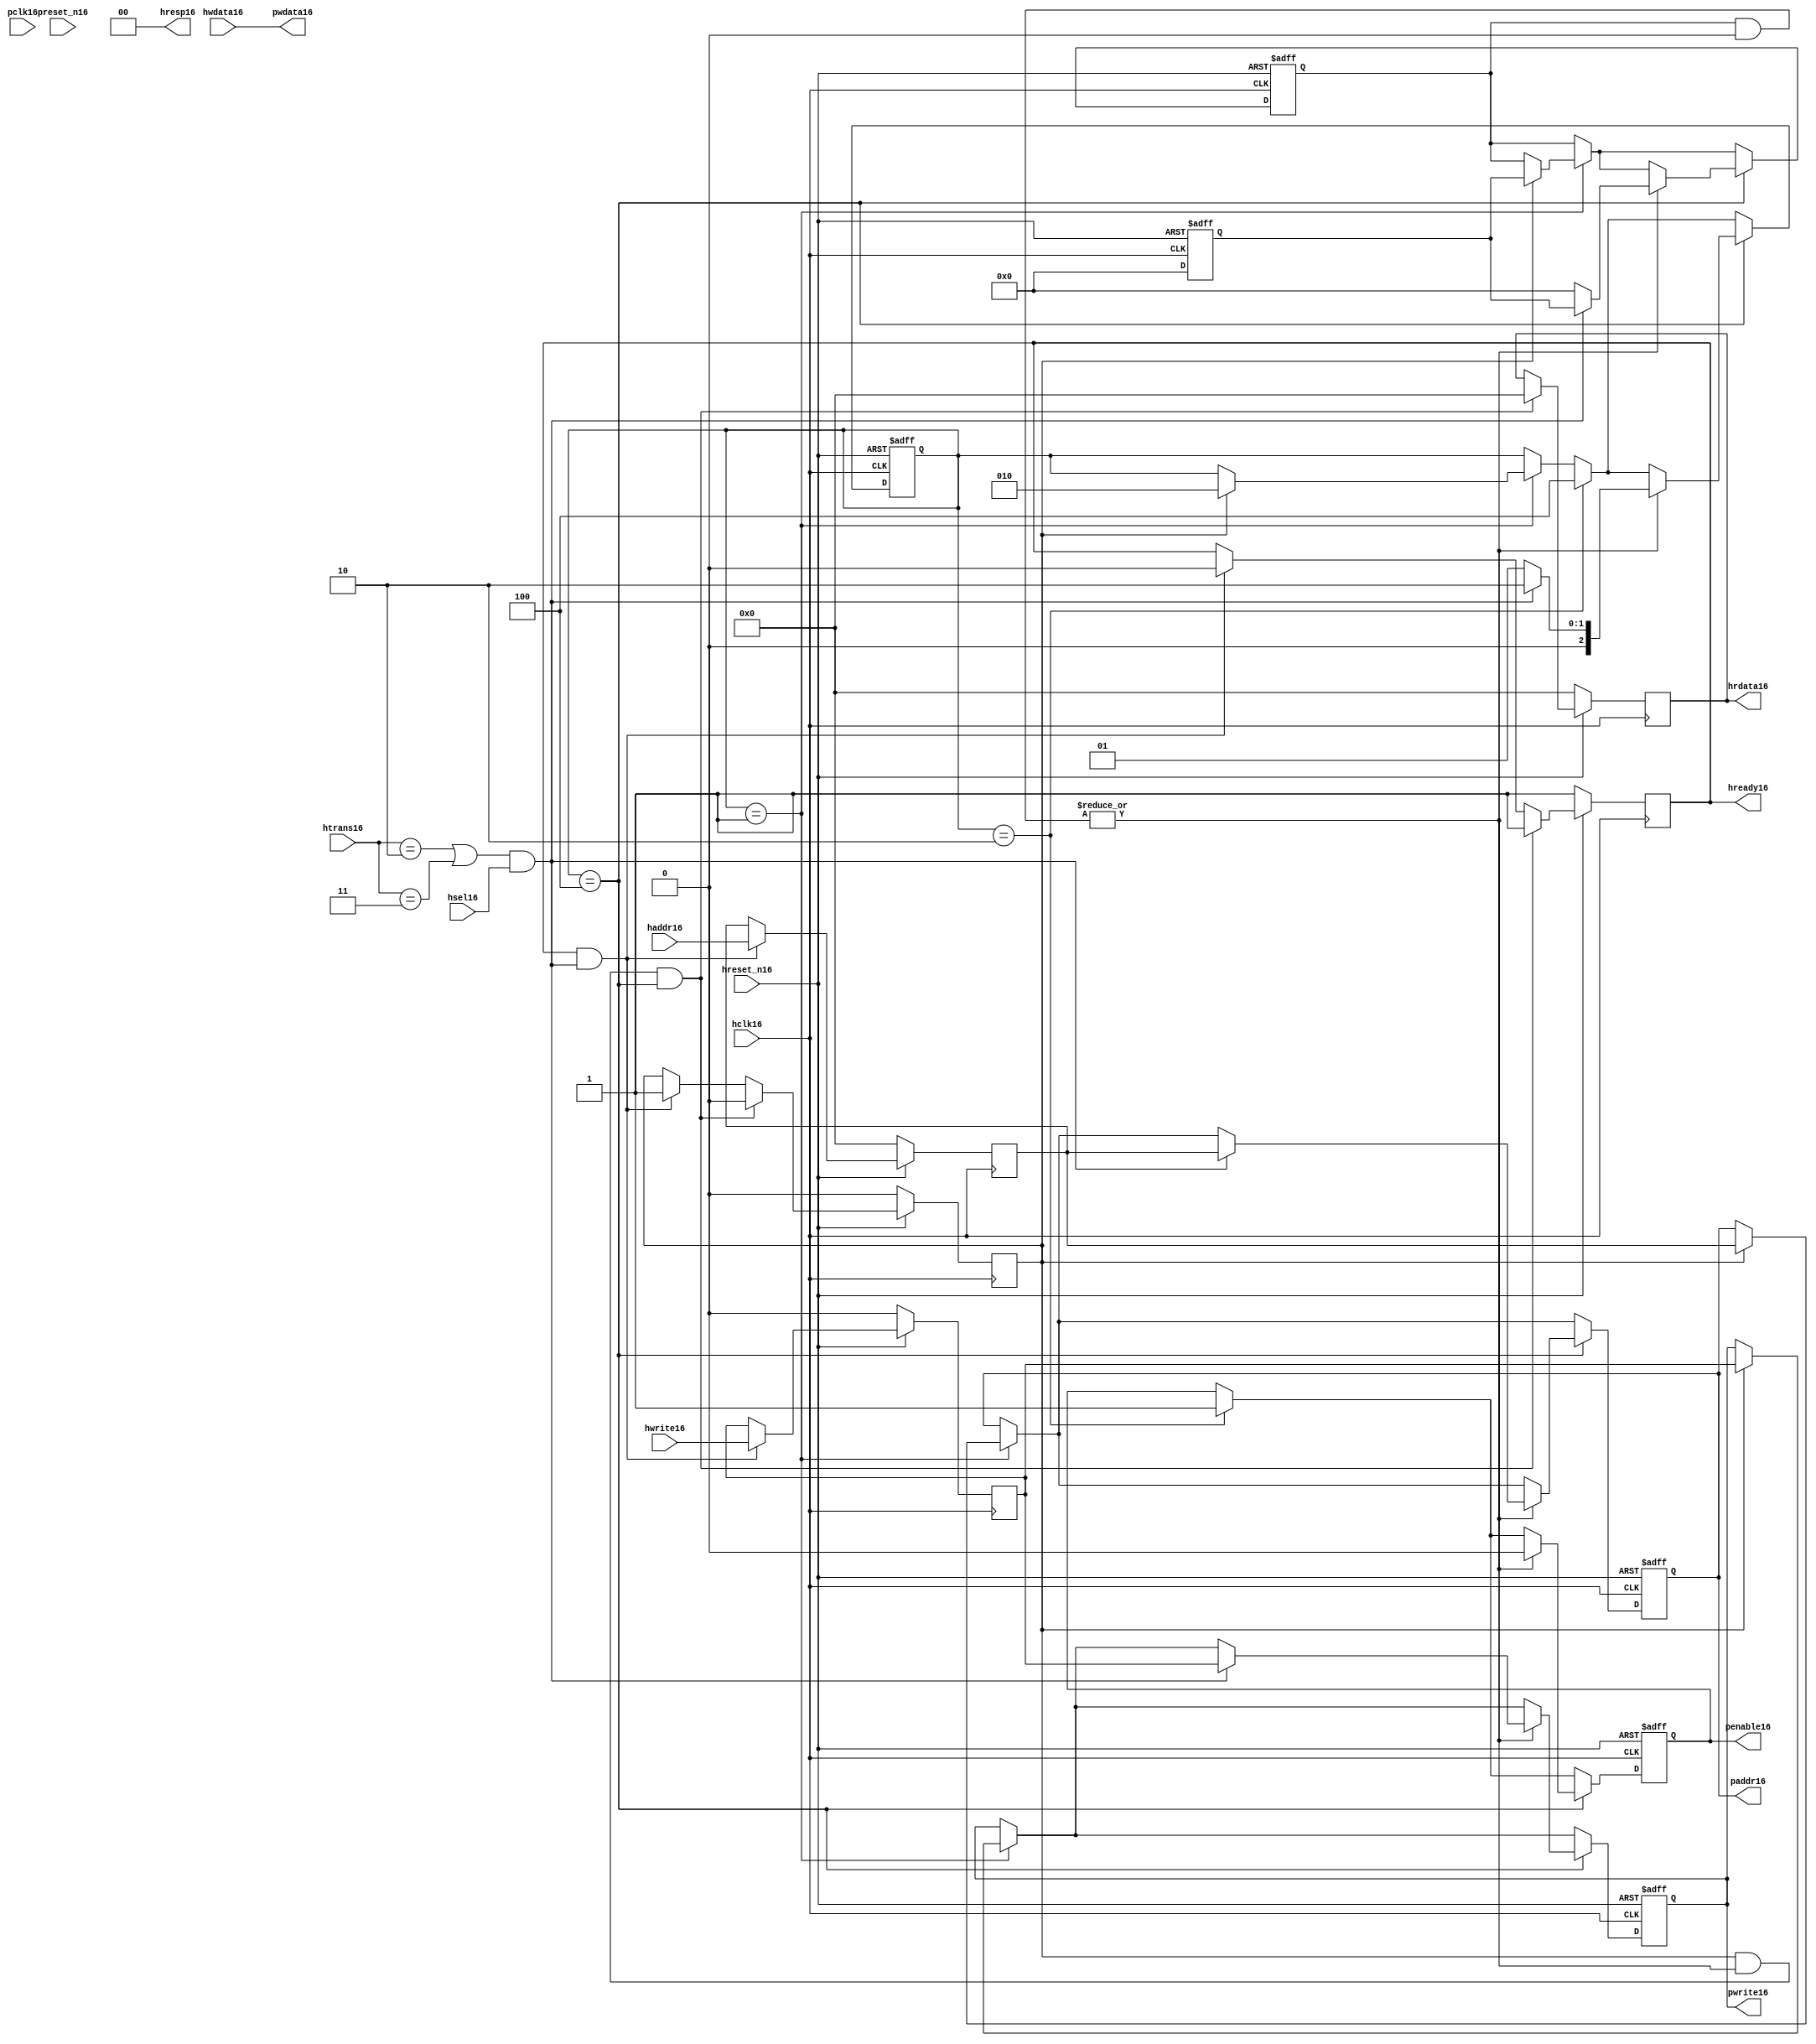
module ahb2apb16
(
  // AHB16 signals16
  hclk16,
  hreset_n16,
  hsel16,
  haddr16,
  htrans16,
  hwdata16,
  hwrite16,
  hrdata16,
  hready16,
  hresp16,
  
  // APB16 signals16 common to all APB16 slaves16
  pclk16,
  preset_n16,
  paddr16,
  penable16,
  pwrite16,
  pwdata16
  
  // Slave16 0 signals16
  `ifdef APB_SLAVE016
  ,psel016
  ,pready016
  ,prdata016
  `endif
  
  // Slave16 1 signals16
  `ifdef APB_SLAVE116
  ,psel116
  ,pready116
  ,prdata116
  `endif
  
  // Slave16 2 signals16
  `ifdef APB_SLAVE216
  ,psel216
  ,pready216
  ,prdata216
  `endif
  
  // Slave16 3 signals16
  `ifdef APB_SLAVE316
  ,psel316
  ,pready316
  ,prdata316
  `endif
  
  // Slave16 4 signals16
  `ifdef APB_SLAVE416
  ,psel416
  ,pready416
  ,prdata416
  `endif
  
  // Slave16 5 signals16
  `ifdef APB_SLAVE516
  ,psel516
  ,pready516
  ,prdata516
  `endif
  
  // Slave16 6 signals16
  `ifdef APB_SLAVE616
  ,psel616
  ,pready616
  ,prdata616
  `endif
  
  // Slave16 7 signals16
  `ifdef APB_SLAVE716
  ,psel716
  ,pready716
  ,prdata716
  `endif
  
  // Slave16 8 signals16
  `ifdef APB_SLAVE816
  ,psel816
  ,pready816
  ,prdata816
  `endif
  
  // Slave16 9 signals16
  `ifdef APB_SLAVE916
  ,psel916
  ,pready916
  ,prdata916
  `endif
  
  // Slave16 10 signals16
  `ifdef APB_SLAVE1016
  ,psel1016
  ,pready1016
  ,prdata1016
  `endif
  
  // Slave16 11 signals16
  `ifdef APB_SLAVE1116
  ,psel1116
  ,pready1116
  ,prdata1116
  `endif
  
  // Slave16 12 signals16
  `ifdef APB_SLAVE1216
  ,psel1216
  ,pready1216
  ,prdata1216
  `endif
  
  // Slave16 13 signals16
  `ifdef APB_SLAVE1316
  ,psel1316
  ,pready1316
  ,prdata1316
  `endif
  
  // Slave16 14 signals16
  `ifdef APB_SLAVE1416
  ,psel1416
  ,pready1416
  ,prdata1416
  `endif
  
  // Slave16 15 signals16
  `ifdef APB_SLAVE1516
  ,psel1516
  ,pready1516
  ,prdata1516
  `endif
  
);

parameter 
  APB_SLAVE0_START_ADDR16  = 32'h00000000,
  APB_SLAVE0_END_ADDR16    = 32'h00000000,
  APB_SLAVE1_START_ADDR16  = 32'h00000000,
  APB_SLAVE1_END_ADDR16    = 32'h00000000,
  APB_SLAVE2_START_ADDR16  = 32'h00000000,
  APB_SLAVE2_END_ADDR16    = 32'h00000000,
  APB_SLAVE3_START_ADDR16  = 32'h00000000,
  APB_SLAVE3_END_ADDR16    = 32'h00000000,
  APB_SLAVE4_START_ADDR16  = 32'h00000000,
  APB_SLAVE4_END_ADDR16    = 32'h00000000,
  APB_SLAVE5_START_ADDR16  = 32'h00000000,
  APB_SLAVE5_END_ADDR16    = 32'h00000000,
  APB_SLAVE6_START_ADDR16  = 32'h00000000,
  APB_SLAVE6_END_ADDR16    = 32'h00000000,
  APB_SLAVE7_START_ADDR16  = 32'h00000000,
  APB_SLAVE7_END_ADDR16    = 32'h00000000,
  APB_SLAVE8_START_ADDR16  = 32'h00000000,
  APB_SLAVE8_END_ADDR16    = 32'h00000000,
  APB_SLAVE9_START_ADDR16  = 32'h00000000,
  APB_SLAVE9_END_ADDR16    = 32'h00000000,
  APB_SLAVE10_START_ADDR16  = 32'h00000000,
  APB_SLAVE10_END_ADDR16    = 32'h00000000,
  APB_SLAVE11_START_ADDR16  = 32'h00000000,
  APB_SLAVE11_END_ADDR16    = 32'h00000000,
  APB_SLAVE12_START_ADDR16  = 32'h00000000,
  APB_SLAVE12_END_ADDR16    = 32'h00000000,
  APB_SLAVE13_START_ADDR16  = 32'h00000000,
  APB_SLAVE13_END_ADDR16    = 32'h00000000,
  APB_SLAVE14_START_ADDR16  = 32'h00000000,
  APB_SLAVE14_END_ADDR16    = 32'h00000000,
  APB_SLAVE15_START_ADDR16  = 32'h00000000,
  APB_SLAVE15_END_ADDR16    = 32'h00000000;

  // AHB16 signals16
input        hclk16;
input        hreset_n16;
input        hsel16;
input[31:0]  haddr16;
input[1:0]   htrans16;
input[31:0]  hwdata16;
input        hwrite16;
output[31:0] hrdata16;
reg   [31:0] hrdata16;
output       hready16;
output[1:0]  hresp16;
  
  // APB16 signals16 common to all APB16 slaves16
input       pclk16;
input       preset_n16;
output[31:0] paddr16;
reg   [31:0] paddr16;
output       penable16;
reg          penable16;
output       pwrite16;
reg          pwrite16;
output[31:0] pwdata16;
  
  // Slave16 0 signals16
`ifdef APB_SLAVE016
  output      psel016;
  input       pready016;
  input[31:0] prdata016;
`endif
  
  // Slave16 1 signals16
`ifdef APB_SLAVE116
  output      psel116;
  input       pready116;
  input[31:0] prdata116;
`endif
  
  // Slave16 2 signals16
`ifdef APB_SLAVE216
  output      psel216;
  input       pready216;
  input[31:0] prdata216;
`endif
  
  // Slave16 3 signals16
`ifdef APB_SLAVE316
  output      psel316;
  input       pready316;
  input[31:0] prdata316;
`endif
  
  // Slave16 4 signals16
`ifdef APB_SLAVE416
  output      psel416;
  input       pready416;
  input[31:0] prdata416;
`endif
  
  // Slave16 5 signals16
`ifdef APB_SLAVE516
  output      psel516;
  input       pready516;
  input[31:0] prdata516;
`endif
  
  // Slave16 6 signals16
`ifdef APB_SLAVE616
  output      psel616;
  input       pready616;
  input[31:0] prdata616;
`endif
  
  // Slave16 7 signals16
`ifdef APB_SLAVE716
  output      psel716;
  input       pready716;
  input[31:0] prdata716;
`endif
  
  // Slave16 8 signals16
`ifdef APB_SLAVE816
  output      psel816;
  input       pready816;
  input[31:0] prdata816;
`endif
  
  // Slave16 9 signals16
`ifdef APB_SLAVE916
  output      psel916;
  input       pready916;
  input[31:0] prdata916;
`endif
  
  // Slave16 10 signals16
`ifdef APB_SLAVE1016
  output      psel1016;
  input       pready1016;
  input[31:0] prdata1016;
`endif
  
  // Slave16 11 signals16
`ifdef APB_SLAVE1116
  output      psel1116;
  input       pready1116;
  input[31:0] prdata1116;
`endif
  
  // Slave16 12 signals16
`ifdef APB_SLAVE1216
  output      psel1216;
  input       pready1216;
  input[31:0] prdata1216;
`endif
  
  // Slave16 13 signals16
`ifdef APB_SLAVE1316
  output      psel1316;
  input       pready1316;
  input[31:0] prdata1316;
`endif
  
  // Slave16 14 signals16
`ifdef APB_SLAVE1416
  output      psel1416;
  input       pready1416;
  input[31:0] prdata1416;
`endif
  
  // Slave16 15 signals16
`ifdef APB_SLAVE1516
  output      psel1516;
  input       pready1516;
  input[31:0] prdata1516;
`endif
 
reg         ahb_addr_phase16;
reg         ahb_data_phase16;
wire        valid_ahb_trans16;
wire        pready_muxed16;
wire [31:0] prdata_muxed16;
reg  [31:0] haddr_reg16;
reg         hwrite_reg16;
reg  [2:0]  apb_state16;
wire [2:0]  apb_state_idle16;
wire [2:0]  apb_state_setup16;
wire [2:0]  apb_state_access16;
reg  [15:0] slave_select16;
wire [15:0] pready_vector16;
reg  [15:0] psel_vector16;
wire [31:0] prdata0_q16;
wire [31:0] prdata1_q16;
wire [31:0] prdata2_q16;
wire [31:0] prdata3_q16;
wire [31:0] prdata4_q16;
wire [31:0] prdata5_q16;
wire [31:0] prdata6_q16;
wire [31:0] prdata7_q16;
wire [31:0] prdata8_q16;
wire [31:0] prdata9_q16;
wire [31:0] prdata10_q16;
wire [31:0] prdata11_q16;
wire [31:0] prdata12_q16;
wire [31:0] prdata13_q16;
wire [31:0] prdata14_q16;
wire [31:0] prdata15_q16;

// assign pclk16     = hclk16;
// assign preset_n16 = hreset_n16;
assign hready16   = ahb_addr_phase16;
assign pwdata16   = hwdata16;
assign hresp16  = 2'b00;

// Respond16 to NONSEQ16 or SEQ transfers16
assign valid_ahb_trans16 = ((htrans16 == 2'b10) || (htrans16 == 2'b11)) && (hsel16 == 1'b1);

always @(posedge hclk16) begin
  if (hreset_n16 == 1'b0) begin
    ahb_addr_phase16 <= 1'b1;
    ahb_data_phase16 <= 1'b0;
    haddr_reg16      <= 'b0;
    hwrite_reg16     <= 1'b0;
    hrdata16         <= 'b0;
  end
  else begin
    if (ahb_addr_phase16 == 1'b1 && valid_ahb_trans16 == 1'b1) begin
      ahb_addr_phase16 <= 1'b0;
      ahb_data_phase16 <= 1'b1;
      haddr_reg16      <= haddr16;
      hwrite_reg16     <= hwrite16;
    end
    if (ahb_data_phase16 == 1'b1 && pready_muxed16 == 1'b1 && apb_state16 == apb_state_access16) begin
      ahb_addr_phase16 <= 1'b1;
      ahb_data_phase16 <= 1'b0;
      hrdata16         <= prdata_muxed16;
    end
  end
end

// APB16 state machine16 state definitions16
assign apb_state_idle16   = 3'b001;
assign apb_state_setup16  = 3'b010;
assign apb_state_access16 = 3'b100;

// APB16 state machine16
always @(posedge hclk16 or negedge hreset_n16) begin
  if (hreset_n16 == 1'b0) begin
    apb_state16   <= apb_state_idle16;
    psel_vector16 <= 1'b0;
    penable16     <= 1'b0;
    paddr16       <= 1'b0;
    pwrite16      <= 1'b0;
  end  
  else begin
    
    // IDLE16 -> SETUP16
    if (apb_state16 == apb_state_idle16) begin
      if (ahb_data_phase16 == 1'b1) begin
        apb_state16   <= apb_state_setup16;
        psel_vector16 <= slave_select16;
        paddr16       <= haddr_reg16;
        pwrite16      <= hwrite_reg16;
      end  
    end
    
    // SETUP16 -> TRANSFER16
    if (apb_state16 == apb_state_setup16) begin
      apb_state16 <= apb_state_access16;
      penable16   <= 1'b1;
    end
    
    // TRANSFER16 -> SETUP16 or
    // TRANSFER16 -> IDLE16
    if (apb_state16 == apb_state_access16) begin
      if (pready_muxed16 == 1'b1) begin
      
        // TRANSFER16 -> SETUP16
        if (valid_ahb_trans16 == 1'b1) begin
          apb_state16   <= apb_state_setup16;
          penable16     <= 1'b0;
          psel_vector16 <= slave_select16;
          paddr16       <= haddr_reg16;
          pwrite16      <= hwrite_reg16;
        end  
        
        // TRANSFER16 -> IDLE16
        else begin
          apb_state16   <= apb_state_idle16;      
          penable16     <= 1'b0;
          psel_vector16 <= 'b0;
        end  
      end
    end
    
  end
end

always @(posedge hclk16 or negedge hreset_n16) begin
  if (hreset_n16 == 1'b0)
    slave_select16 <= 'b0;
  else begin  
  `ifdef APB_SLAVE016
     slave_select16[0]   <= valid_ahb_trans16 && (haddr16 >= APB_SLAVE0_START_ADDR16)  && (haddr16 <= APB_SLAVE0_END_ADDR16);
   `else
     slave_select16[0]   <= 1'b0;
   `endif
   
   `ifdef APB_SLAVE116
     slave_select16[1]   <= valid_ahb_trans16 && (haddr16 >= APB_SLAVE1_START_ADDR16)  && (haddr16 <= APB_SLAVE1_END_ADDR16);
   `else
     slave_select16[1]   <= 1'b0;
   `endif  
     
   `ifdef APB_SLAVE216  
     slave_select16[2]   <= valid_ahb_trans16 && (haddr16 >= APB_SLAVE2_START_ADDR16)  && (haddr16 <= APB_SLAVE2_END_ADDR16);
   `else
     slave_select16[2]   <= 1'b0;
   `endif  
     
   `ifdef APB_SLAVE316  
     slave_select16[3]   <= valid_ahb_trans16 && (haddr16 >= APB_SLAVE3_START_ADDR16)  && (haddr16 <= APB_SLAVE3_END_ADDR16);
   `else
     slave_select16[3]   <= 1'b0;
   `endif  
     
   `ifdef APB_SLAVE416  
     slave_select16[4]   <= valid_ahb_trans16 && (haddr16 >= APB_SLAVE4_START_ADDR16)  && (haddr16 <= APB_SLAVE4_END_ADDR16);
   `else
     slave_select16[4]   <= 1'b0;
   `endif  
     
   `ifdef APB_SLAVE516  
     slave_select16[5]   <= valid_ahb_trans16 && (haddr16 >= APB_SLAVE5_START_ADDR16)  && (haddr16 <= APB_SLAVE5_END_ADDR16);
   `else
     slave_select16[5]   <= 1'b0;
   `endif  
     
   `ifdef APB_SLAVE616  
     slave_select16[6]   <= valid_ahb_trans16 && (haddr16 >= APB_SLAVE6_START_ADDR16)  && (haddr16 <= APB_SLAVE6_END_ADDR16);
   `else
     slave_select16[6]   <= 1'b0;
   `endif  
     
   `ifdef APB_SLAVE716  
     slave_select16[7]   <= valid_ahb_trans16 && (haddr16 >= APB_SLAVE7_START_ADDR16)  && (haddr16 <= APB_SLAVE7_END_ADDR16);
   `else
     slave_select16[7]   <= 1'b0;
   `endif  
     
   `ifdef APB_SLAVE816  
     slave_select16[8]   <= valid_ahb_trans16 && (haddr16 >= APB_SLAVE8_START_ADDR16)  && (haddr16 <= APB_SLAVE8_END_ADDR16);
   `else
     slave_select16[8]   <= 1'b0;
   `endif  
     
   `ifdef APB_SLAVE916  
     slave_select16[9]   <= valid_ahb_trans16 && (haddr16 >= APB_SLAVE9_START_ADDR16)  && (haddr16 <= APB_SLAVE9_END_ADDR16);
   `else
     slave_select16[9]   <= 1'b0;
   `endif  
     
   `ifdef APB_SLAVE1016  
     slave_select16[10]  <= valid_ahb_trans16 && (haddr16 >= APB_SLAVE10_START_ADDR16) && (haddr16 <= APB_SLAVE10_END_ADDR16);
   `else
     slave_select16[10]   <= 1'b0;
   `endif  
     
   `ifdef APB_SLAVE1116  
     slave_select16[11]  <= valid_ahb_trans16 && (haddr16 >= APB_SLAVE11_START_ADDR16) && (haddr16 <= APB_SLAVE11_END_ADDR16);
   `else
     slave_select16[11]   <= 1'b0;
   `endif  
     
   `ifdef APB_SLAVE1216  
     slave_select16[12]  <= valid_ahb_trans16 && (haddr16 >= APB_SLAVE12_START_ADDR16) && (haddr16 <= APB_SLAVE12_END_ADDR16);
   `else
     slave_select16[12]   <= 1'b0;
   `endif  
     
   `ifdef APB_SLAVE1316  
     slave_select16[13]  <= valid_ahb_trans16 && (haddr16 >= APB_SLAVE13_START_ADDR16) && (haddr16 <= APB_SLAVE13_END_ADDR16);
   `else
     slave_select16[13]   <= 1'b0;
   `endif  
     
   `ifdef APB_SLAVE1416  
     slave_select16[14]  <= valid_ahb_trans16 && (haddr16 >= APB_SLAVE14_START_ADDR16) && (haddr16 <= APB_SLAVE14_END_ADDR16);
   `else
     slave_select16[14]   <= 1'b0;
   `endif  
     
   `ifdef APB_SLAVE1516  
     slave_select16[15]  <= valid_ahb_trans16 && (haddr16 >= APB_SLAVE15_START_ADDR16) && (haddr16 <= APB_SLAVE15_END_ADDR16);
   `else
     slave_select16[15]   <= 1'b0;
   `endif  
  end
end

assign pready_muxed16 = |(psel_vector16 & pready_vector16);
assign prdata_muxed16 = prdata0_q16  | prdata1_q16  | prdata2_q16  | prdata3_q16  |
                      prdata4_q16  | prdata5_q16  | prdata6_q16  | prdata7_q16  |
                      prdata8_q16  | prdata9_q16  | prdata10_q16 | prdata11_q16 |
                      prdata12_q16 | prdata13_q16 | prdata14_q16 | prdata15_q16 ;

`ifdef APB_SLAVE016
  assign psel016            = psel_vector16[0];
  assign pready_vector16[0] = pready016;
  assign prdata0_q16        = (psel016 == 1'b1) ? prdata016 : 'b0;
`else
  assign pready_vector16[0] = 1'b0;
  assign prdata0_q16        = 'b0;
`endif

`ifdef APB_SLAVE116
  assign psel116            = psel_vector16[1];
  assign pready_vector16[1] = pready116;
  assign prdata1_q16        = (psel116 == 1'b1) ? prdata116 : 'b0;
`else
  assign pready_vector16[1] = 1'b0;
  assign prdata1_q16        = 'b0;
`endif

`ifdef APB_SLAVE216
  assign psel216            = psel_vector16[2];
  assign pready_vector16[2] = pready216;
  assign prdata2_q16        = (psel216 == 1'b1) ? prdata216 : 'b0;
`else
  assign pready_vector16[2] = 1'b0;
  assign prdata2_q16        = 'b0;
`endif

`ifdef APB_SLAVE316
  assign psel316            = psel_vector16[3];
  assign pready_vector16[3] = pready316;
  assign prdata3_q16        = (psel316 == 1'b1) ? prdata316 : 'b0;
`else
  assign pready_vector16[3] = 1'b0;
  assign prdata3_q16        = 'b0;
`endif

`ifdef APB_SLAVE416
  assign psel416            = psel_vector16[4];
  assign pready_vector16[4] = pready416;
  assign prdata4_q16        = (psel416 == 1'b1) ? prdata416 : 'b0;
`else
  assign pready_vector16[4] = 1'b0;
  assign prdata4_q16        = 'b0;
`endif

`ifdef APB_SLAVE516
  assign psel516            = psel_vector16[5];
  assign pready_vector16[5] = pready516;
  assign prdata5_q16        = (psel516 == 1'b1) ? prdata516 : 'b0;
`else
  assign pready_vector16[5] = 1'b0;
  assign prdata5_q16        = 'b0;
`endif

`ifdef APB_SLAVE616
  assign psel616            = psel_vector16[6];
  assign pready_vector16[6] = pready616;
  assign prdata6_q16        = (psel616 == 1'b1) ? prdata616 : 'b0;
`else
  assign pready_vector16[6] = 1'b0;
  assign prdata6_q16        = 'b0;
`endif

`ifdef APB_SLAVE716
  assign psel716            = psel_vector16[7];
  assign pready_vector16[7] = pready716;
  assign prdata7_q16        = (psel716 == 1'b1) ? prdata716 : 'b0;
`else
  assign pready_vector16[7] = 1'b0;
  assign prdata7_q16        = 'b0;
`endif

`ifdef APB_SLAVE816
  assign psel816            = psel_vector16[8];
  assign pready_vector16[8] = pready816;
  assign prdata8_q16        = (psel816 == 1'b1) ? prdata816 : 'b0;
`else
  assign pready_vector16[8] = 1'b0;
  assign prdata8_q16        = 'b0;
`endif

`ifdef APB_SLAVE916
  assign psel916            = psel_vector16[9];
  assign pready_vector16[9] = pready916;
  assign prdata9_q16        = (psel916 == 1'b1) ? prdata916 : 'b0;
`else
  assign pready_vector16[9] = 1'b0;
  assign prdata9_q16        = 'b0;
`endif

`ifdef APB_SLAVE1016
  assign psel1016            = psel_vector16[10];
  assign pready_vector16[10] = pready1016;
  assign prdata10_q16        = (psel1016 == 1'b1) ? prdata1016 : 'b0;
`else
  assign pready_vector16[10] = 1'b0;
  assign prdata10_q16        = 'b0;
`endif

`ifdef APB_SLAVE1116
  assign psel1116            = psel_vector16[11];
  assign pready_vector16[11] = pready1116;
  assign prdata11_q16        = (psel1116 == 1'b1) ? prdata1116 : 'b0;
`else
  assign pready_vector16[11] = 1'b0;
  assign prdata11_q16        = 'b0;
`endif

`ifdef APB_SLAVE1216
  assign psel1216            = psel_vector16[12];
  assign pready_vector16[12] = pready1216;
  assign prdata12_q16        = (psel1216 == 1'b1) ? prdata1216 : 'b0;
`else
  assign pready_vector16[12] = 1'b0;
  assign prdata12_q16        = 'b0;
`endif

`ifdef APB_SLAVE1316
  assign psel1316            = psel_vector16[13];
  assign pready_vector16[13] = pready1316;
  assign prdata13_q16        = (psel1316 == 1'b1) ? prdata1316 : 'b0;
`else
  assign pready_vector16[13] = 1'b0;
  assign prdata13_q16        = 'b0;
`endif

`ifdef APB_SLAVE1416
  assign psel1416            = psel_vector16[14];
  assign pready_vector16[14] = pready1416;
  assign prdata14_q16        = (psel1416 == 1'b1) ? prdata1416 : 'b0;
`else
  assign pready_vector16[14] = 1'b0;
  assign prdata14_q16        = 'b0;
`endif

`ifdef APB_SLAVE1516
  assign psel1516            = psel_vector16[15];
  assign pready_vector16[15] = pready1516;
  assign prdata15_q16        = (psel1516 == 1'b1) ? prdata1516 : 'b0;
`else
  assign pready_vector16[15] = 1'b0;
  assign prdata15_q16        = 'b0;
`endif

endmodule